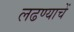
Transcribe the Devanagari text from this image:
लढण्याचें